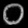
Digit: ၀